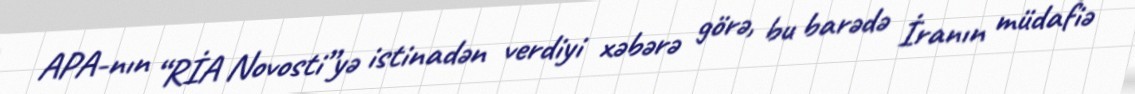
APA-nın “RİA Novosti”yə istinadən verdiyi xəbərə görə, bu barədə İranın müdafiə